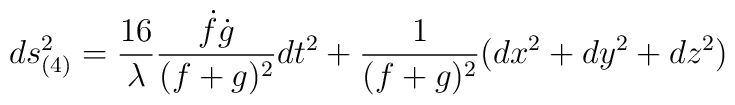
ds_{(4)}^2=\frac{16}{\lambda}\frac{\dot{f}\dot{g}}{(f+g)^2}dt^2+\frac{1}{(f+g)^2}(dx^2+dy^2+dz^2)